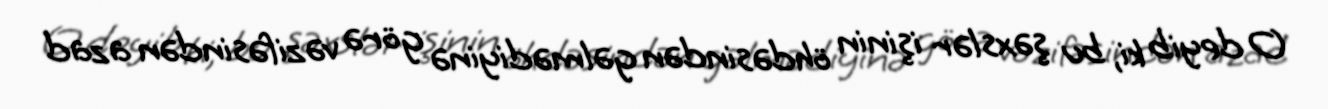
O deyib ki, bu şəxslər işinin öhdəsindən gəlmədiyinə görə vəzifəsindən azad